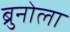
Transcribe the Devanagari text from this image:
ब्रुनोला